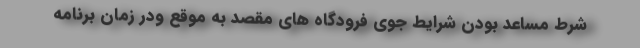
شرط مساعد بودن شرایط جوی فرودگاه های مقصد به موقع ودر زمان برنامه